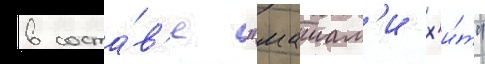
в соста́в'е "маиам'и х'и́т"